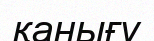
қанығу